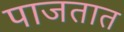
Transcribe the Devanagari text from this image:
पाजतात